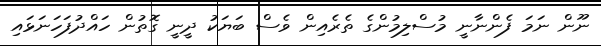
ނޫން ނަމަ ފެންނާނީ މުސްލިމުންގެ ތެރެއިން ވެސް ބަޔަކު ދީނީ ގޮތުން ހައްދުފަހަނަޅައި